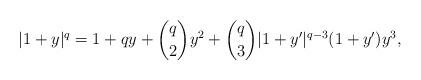
LaTeX: \begin{align*} |1+y|^q = 1 + qy + \binom{q}{2}y^2 + \binom{q}{3} |1+y'|^{q-3} (1+y') y^3, \end{align*}